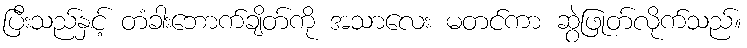
ပြီးသည်နှင့် တံခါးဘောက်ချိတ်ကို အသာလေး မတင်ကာ ဆွဲဖြုတ်လိုက်သည်။